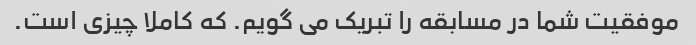
موفقیت شما در مسابقه را تبریک می گویم. که کاملا چیزی است.